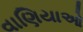
વાણિયાઓ